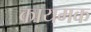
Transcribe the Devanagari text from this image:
कायमक